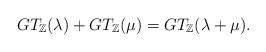
LaTeX: \begin{align*}GT_{\mathbb{Z}}(\lambda) + GT_{\mathbb{Z}}(\mu) = GT_{\mathbb{Z}}(\lambda + \mu).\end{align*}